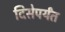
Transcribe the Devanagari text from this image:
दिसेपर्यंत